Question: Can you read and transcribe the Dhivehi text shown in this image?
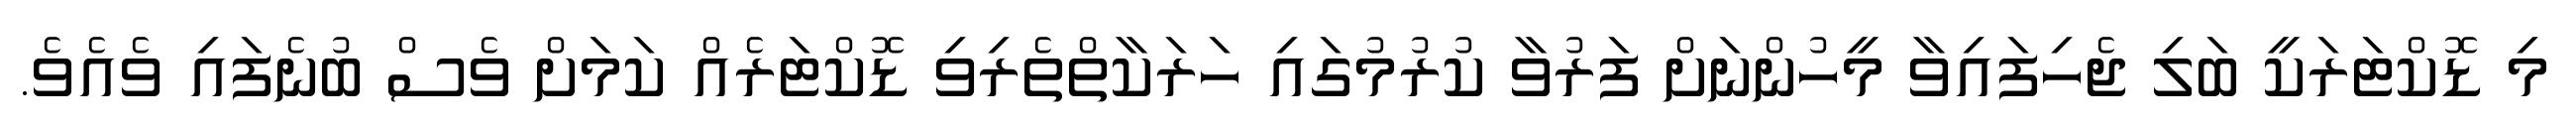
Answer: މި ޑޮކްޓަރަކީ ބަލި ޖެހިފައިވާ މީހުންނަށް ފަރުވާ ކުރުމުގައި ހަރަކާތްތެރިވި ޑޮކްޓަރެއް ކަމަށް ވެސް ބުނެފައި ވެއެވެ.